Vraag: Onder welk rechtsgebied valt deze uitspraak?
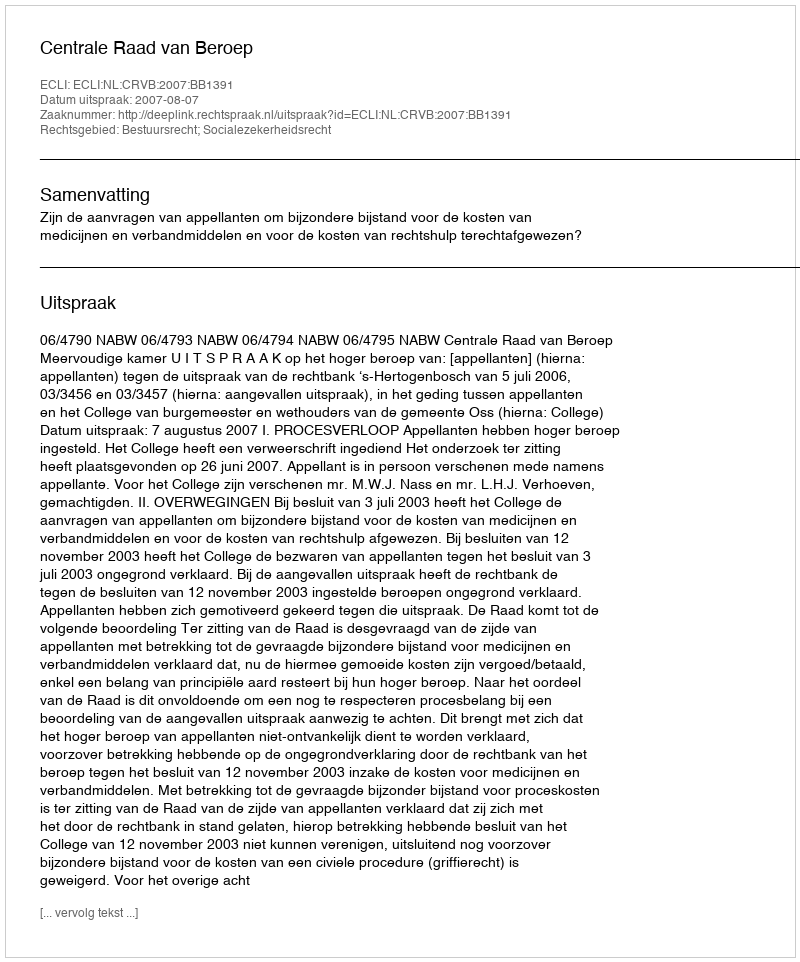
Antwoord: Bestuursrecht; Socialezekerheidsrecht